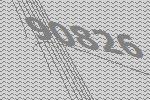
90826